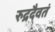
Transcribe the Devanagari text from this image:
रुद्रदैवतं